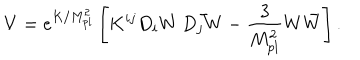
V = e ^ { K / M _ { p l } ^ { 2 } } \left[ K ^ { i j } D _ { i } W \, \bar { D _ { j } W } - \frac { 3 } { M _ { p l } ^ { 2 } } W \bar { W } \right] .